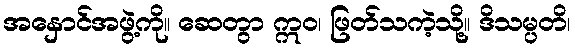
အနှောင်အဖွဲ့ကို။ ဆေတွာ ဣဝ၊ ဖြတ်သကဲ့သို့။ ဒိသမ္ပတိ၊